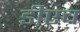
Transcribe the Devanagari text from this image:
डीएच